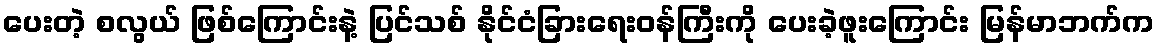
ပေးတဲ့ စလွယ် ဖြစ်ကြောင်းနဲ့ ပြင်သစ် နိုင်ငံခြားရေးဝန်ကြီးကို ပေးခဲ့ဖူးကြောင်း မြန်မာဘက်က